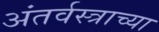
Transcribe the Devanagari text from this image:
अंतर्वस्त्राच्या